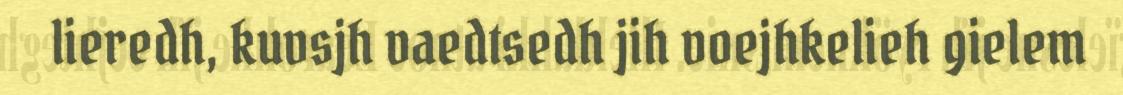
lieredh, kuvsjh vaedtsedh jih voejhkelieh gielem